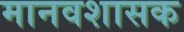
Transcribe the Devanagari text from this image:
मानवशासक